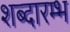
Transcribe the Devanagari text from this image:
शब्दारम्भ